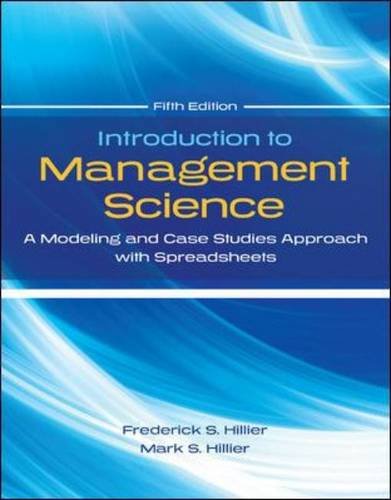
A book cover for Introduction to Management Science with Student CD and Risk Solver Platform Access Card: A Modeling and Cases Studies Approach with Spreadsheets; Frederick Hillier; Business & Money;